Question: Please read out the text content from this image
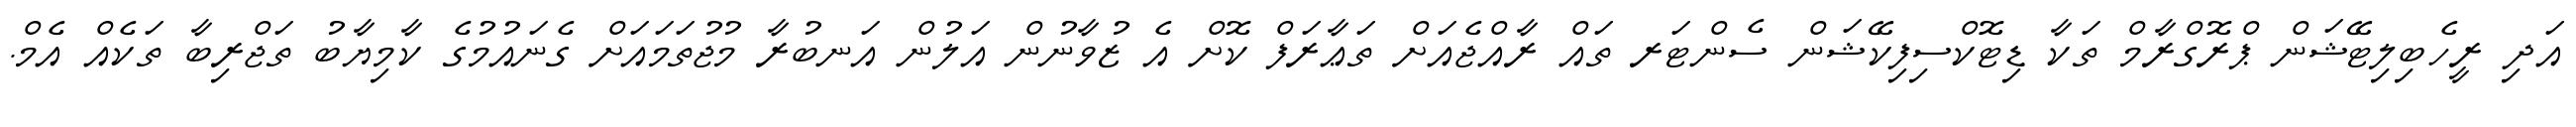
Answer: އަދި ރީހެބިލިޓޭޝަން ޕްރޮގްރާމް ތަކާ ޑިޓޮކްސިފިކޭޝަން ސެންޓަރ ތައް ރާއްޖެއަށް ތަޢާރަފް ކޮށް އެ ޒުވާނުން އަލުން އަނބުރާ މުޖުތަމައަށް ގެނައުމުގެ ކާމިޔާބު ތަޖްރިބާ ތަކެއް އެމް.